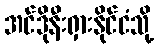
အင်ဒိုနီးရှားနိုင်ငံသို့